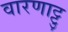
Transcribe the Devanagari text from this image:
वारणाट्टु